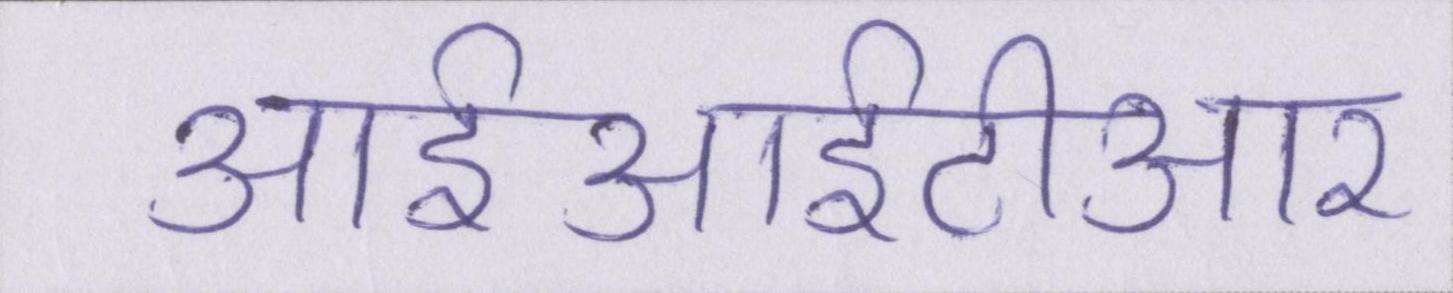
आईआईटीआर